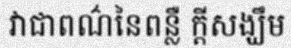
វាជាពណ៌នៃពន្លឺ ក្តីសង្ឃឹម